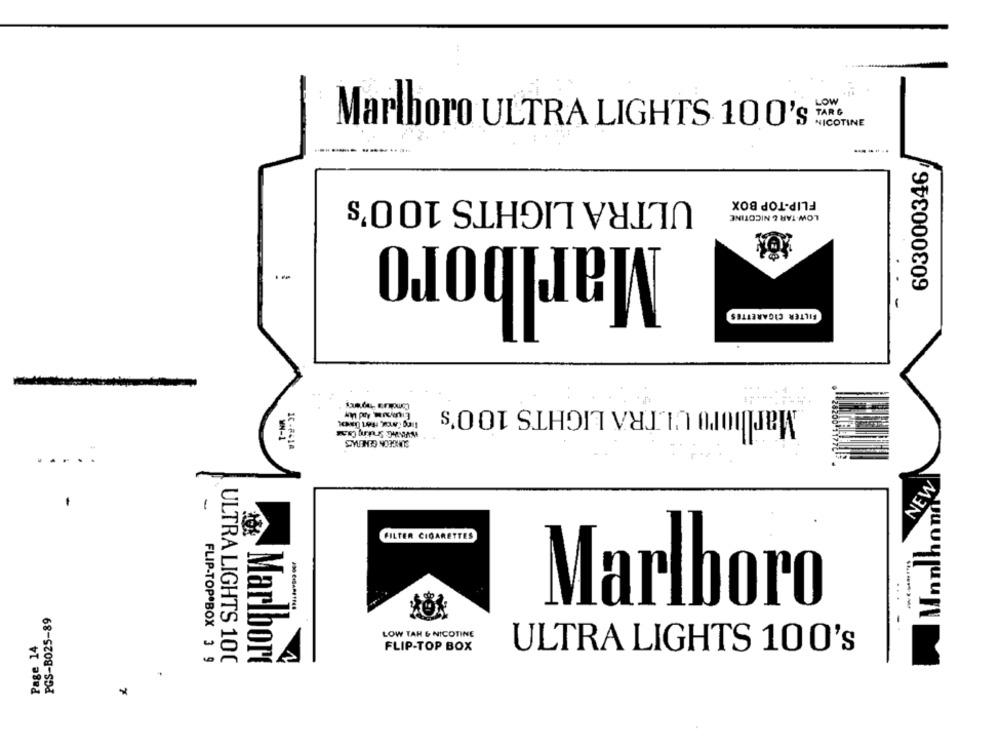
LOW
TAR G
NICOTINE
Marlboro ULTRA LIGHTS 100's
603000346
ULTRA LIGHTS 100's
FLIP-TOP BOX
LOW TAR & NICOTINE
Marlboro
FILTER CIGARETTES
Marlboro ULTRA LIGHTS 100's
SURGEON GENERALS
...
NEW
FILTER CIGARETTES
...
Marlboro
PGS-B025-89
Page 14
LOW TAR & NICOTINE
FLIP-TOP BOX
ULTRA LIGHTS 100's
FLIP-TOP BOX 3 9
ULTRA LIGHTS 100
Marlboro